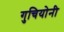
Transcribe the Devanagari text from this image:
गुचियोनी